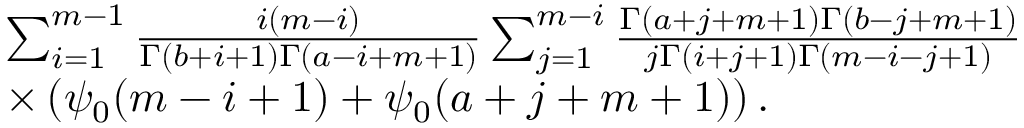
\begin{array} { r l } { \! \! \! \! \! \! \! \! \! \! \! \! \! \! \! \! } & { \sum _ { i = 1 } ^ { m - 1 } \frac { i ( m - i ) } { \Gamma ( b + i + 1 ) \Gamma ( a - i + m + 1 ) } \sum _ { j = 1 } ^ { m - i } \frac { \Gamma ( a + j + m + 1 ) \Gamma ( b - j + m + 1 ) } { j \Gamma ( i + j + 1 ) \Gamma ( m - i - j + 1 ) } } \\ { \! \! \! \! \! \! \! \! \! \! \! \! \! \! \! \! } & { \times \left( \psi _ { 0 } ( m - i + 1 ) + \psi _ { 0 } ( a + j + m + 1 ) \right) . } \end{array}